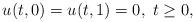
LaTeX: \begin{align*}u(t,0)=u(t,1)=0, \; t\geq 0,\end{align*}